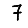
Digit: 7